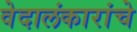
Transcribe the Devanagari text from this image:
वेदालंकारांचे